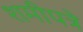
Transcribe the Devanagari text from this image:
शमीपत्रे